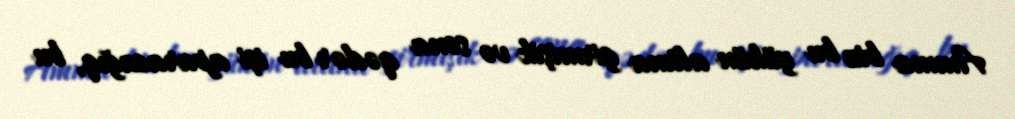
Amma biz bu yükün altına girmişik və sona qədər bu işi aparacağıq, bu